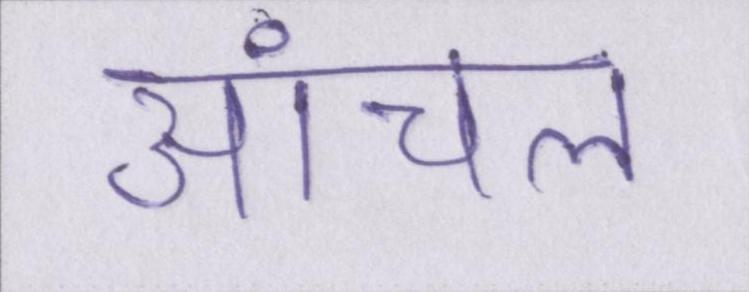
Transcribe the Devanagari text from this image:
आंचल